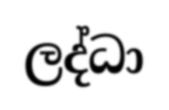
ලද්ධා